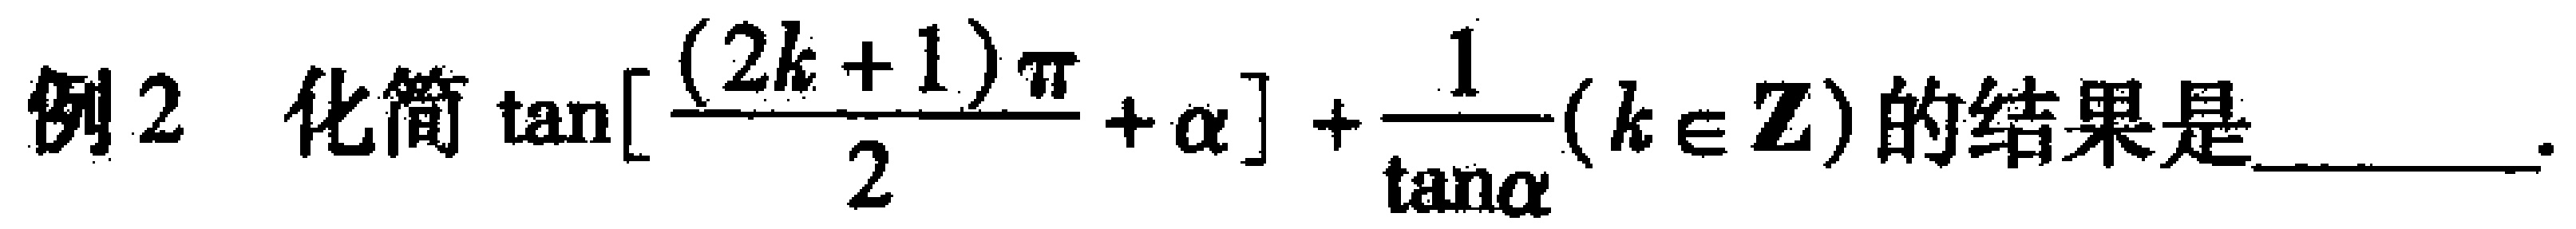
例2 化简$\tan[\frac{(2k + 1)\pi}{2}+\alpha]+\frac{1}{\tan\alpha}(k\in \mathbf{Z})$的结果是________.